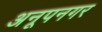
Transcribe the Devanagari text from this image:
अनूपनगर